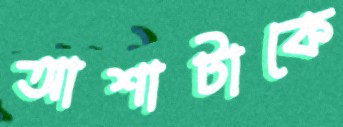
আশাটাকে